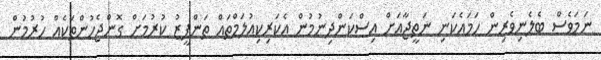
ނަމަވެސް ބެލެނިވެރިން ހަމައެކަނި ނަތީޖާއަށް އިސްކަންދިނުމުން އެކަރިކިއުލަމްތައް ތަންފީޒު ކުރުމަށް ގޮންޖެހުންތަކެއް ހުރުމުން